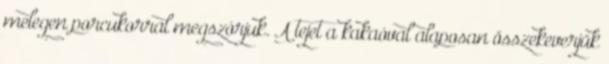
melegen porcukorral megszórjuk. A tejet a kakaóval alaposan összekeverjük